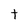
Character: t